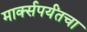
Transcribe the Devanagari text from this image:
मार्क्सपर्यंतचा